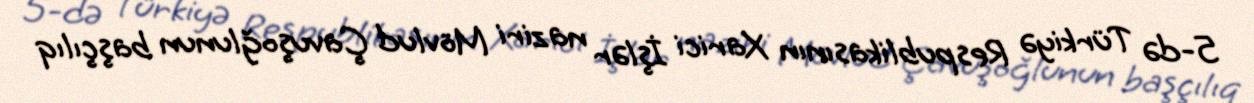
5-də Türkiyə Respublikasının Xarici İşlər naziri Mövlud Çavuşoğlunun başçılıq